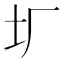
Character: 𡉃